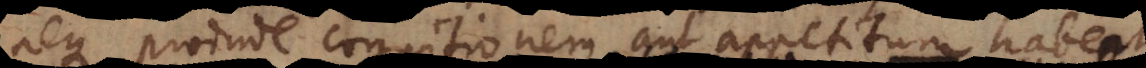
neque proinde cognitionem aut appetitum habent.